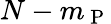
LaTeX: N-m_{\mathrm{~P~}}